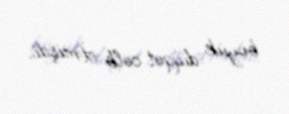
böyük diqqət cəlb etmişdi.